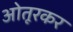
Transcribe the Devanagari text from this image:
ओतूरकर